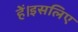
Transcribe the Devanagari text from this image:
हें।इसलिए